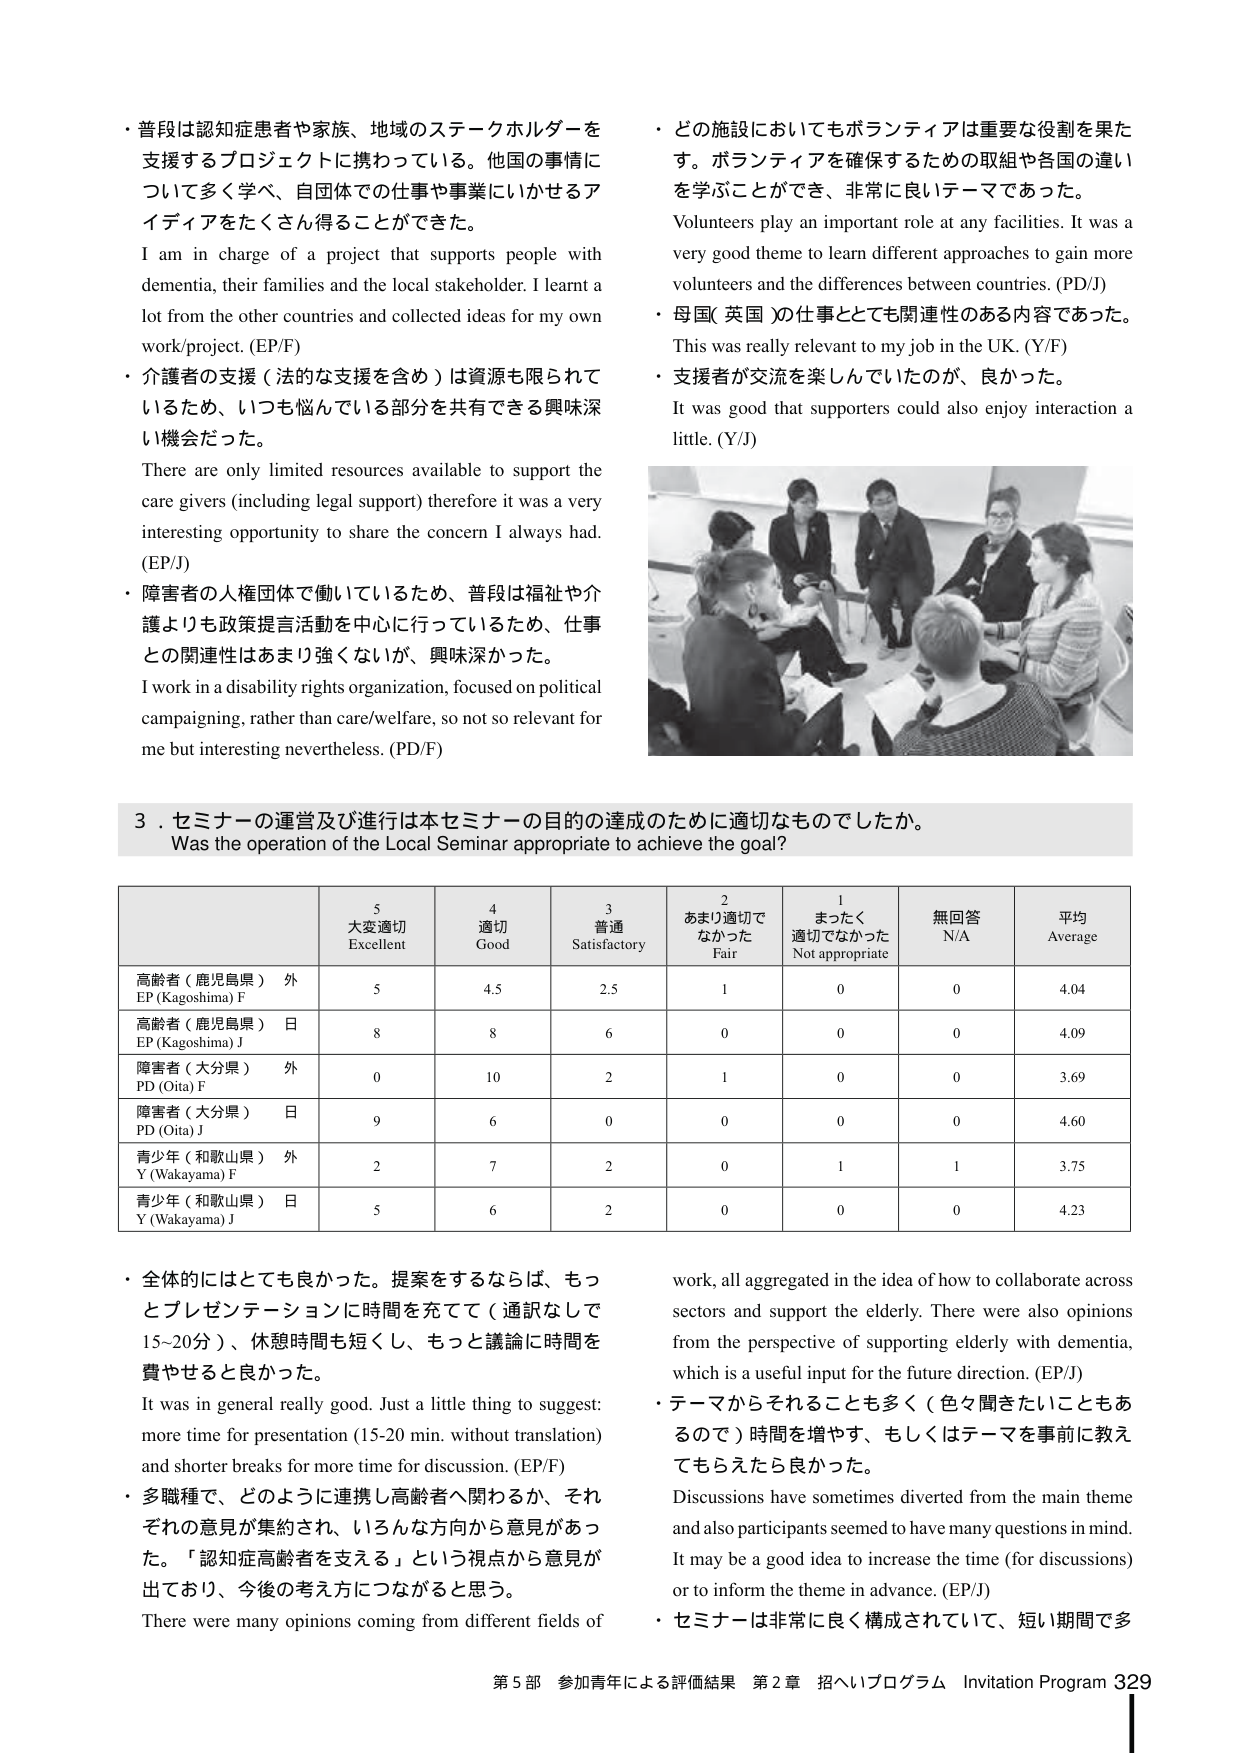
・普段は認知症患者や家族、地域のステークホルダーを
支援するプロジェクトに携わっている。他国の事情に
ついて多く学べ、自団体での仕事や事業にいかせるア
イディアをたくさん得ることができた。
I am in charge of a project that supports people with
dementia, their families and the local stakeholder. I learnt a
lot from the other countries and collected ideas for my own
work/project. (EP/F)
・介護者の支援（法的な支援を含め）は資源も限られて
いるため、いつも悩んでいる部分を共有できる興味深
い機会だった。
There are only limited resources available to support the
care givers (including legal support) therefore it was a very
interesting opportunity to share the concern I always had.
(EP/J)
・障害者の人権団体で働いているため、普段は福祉や介
護よりも政策提言活動を中心に行っているため、仕事
との関連性はあまり強くないが、興味深かった。
I work in a disability rights organization, focused on political
campaigning, rather than care/welfare, so not so relevant for
me but interesting nevertheless. (PD/F)
・どの施設においてもボランティアは重要な役割を果た
す。ボランティアを確保するための取組や各国の違い
を学ぶことができ、非常に良いテーマであった。
Volunteers play an important role at any facilities. It was a
very good theme to learn different approaches to gain more
volunteers and the differences between countries. (PD/J)
・母国（英国）の仕事としても関連性のある内容であった。
This was really relevant to my job in the UK. (Y/F)
・支援者が交流を楽しんでいたのが、良かった。
It was good that supporters could also enjoy interaction a
little. (Y/J)
3．セミナーの運営及び進行は本セミナーの目的の達成のために適切なものでしたか。
Was the operation of the Local Seminar appropriate to achieve the goal?
5 大変適切 Excellent
4 適切 Good
3 普通 Satisfactory
2 あまり適切で なかった Fair
1 まったく 適切でなかった Not appropriate
無回答 N/A
平均 Average
高齢者（鹿児島県） 外 EP (Kagoshima) F
5
4.5
2.5
1
0
0
4.04
高齢者（鹿児島県） 日 EP (Kagoshima) J
8
8
6
0
0
0
4.09
障害者（大分県） 外 PD (Oita) F
0
10
2
1
0
0
3.69
障害者（大分県） 日 PD (Oita) J
9
6
0
0
0
0
4.60
青少年（和歌山県） 外 Y (Wakayama) F
2
7
2
0
1
1
3.75
青少年（和歌山県） 日 Y (Wakayama) J
5
6
2
0
0
0
4.23
・全体的にはとても良かった。提案をするならば、もっ
とプレゼンテーションに時間を充てて（通訳なしで
15~20分）、休憩時間も短くし、もっと議論に時間を
費やせると良かった。
It was in general really good. Just a little thing to suggest:
more time for presentation (15-20 min. without translation)
and shorter breaks for more time for discussion. (EP/F)
・多職種で、どのように連携し高齢者へ関わるか、それ
ぞれの意見が集約され、いろんな方向から意見があっ
た。「認知症高齢者を支える」という視点から意見が
出ており、今後の考え方につながると思う。
There were many opinions coming from different fields of
work, all aggregated in the idea of how to collaborate across
sectors and support the elderly. There were also opinions
from the perspective of supporting elderly with dementia,
which is a useful input for the future direction. (EP/J)
・テーマからそれることも多く（色々聞きたいこともあ
るので）時間を増やす、もしくはテーマを事前に教え
てもらえたら良かった。
Discussions have sometimes diverted from the main theme
and also participants seemed to have many questions in mind.
It may be a good idea to increase the time (for discussions)
or to inform the theme in advance. (EP/J)
・セミナーは非常に良く構成されていて、短い期間で多
第5部 参加青年による評価結果 第2章 招へいプログラム Invitation Program 329